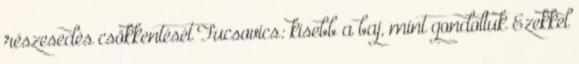
részesedés csökkentését Fucsovics: kisebb a baj, mint gondoltuk Ezekkel